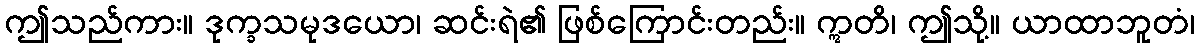
ဤသည်ကား။ ဒုက္ခသမုဒယော၊ ဆင်းရဲ၏ ဖြစ်ကြောင်းတည်း။ ဣတိ၊ ဤသို့။ ယာထာဘူတံ၊